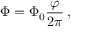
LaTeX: \Phi = \Phi _ { 0 } { \frac { \varphi } { 2 \pi } } \, ,